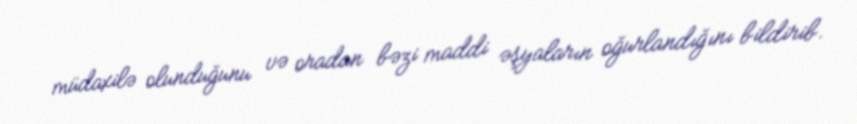
müdaxilə olunduğunu və oradan bəzi maddi əşyaların oğurlandığını bildirib.